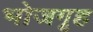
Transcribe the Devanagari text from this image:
भोजगृह